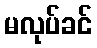
မလုပ်ခင်